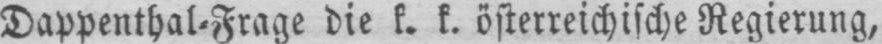
Dappenthal⸗Frage die k. k. österreichische Regierung,